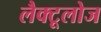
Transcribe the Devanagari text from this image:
लैक्टूलोज